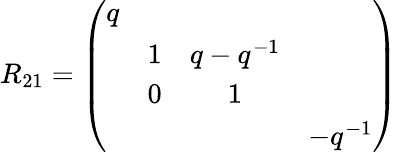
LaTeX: R_{21}=\left(\begin{array}{cccc}{{q}}&{{}}&{{}}&{{}}\\ {{}}&{{1}}&{{q-q^{-1}}}&{{}}\\ {{}}&{{0}}&{{1}}&{{}}\\ {{}}&{{}}&{{}}&{{-q^{-1}}}\end{array}\right)